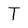
Character: T